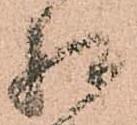
相